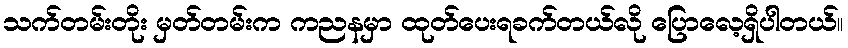
သက်တမ်းတိုး မှတ်တမ်းက ကညနမှာ ထုတ်ပေးရခက်တယ်လို ပြောလေ့ရှိပါတယ်။